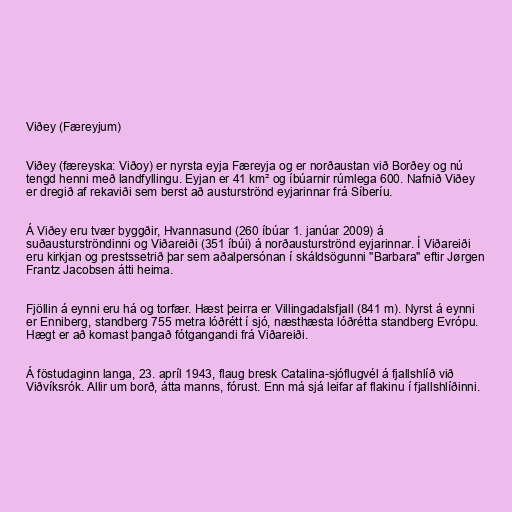
Viðey (Færeyjum)

Viðey (færeyska: Viðoy) er nyrsta eyja Færeyja og er norðaustan við Borðey og nú
tengd henni með landfyllingu. Eyjan er 41 km² og íbúarnir rúmlega 600. Nafnið Viðey
er dregið af rekaviði sem berst að austurströnd eyjarinnar frá Síberíu.

Á Viðey eru tvær byggðir, Hvannasund (260 íbúar 1. janúar 2009) á
suðausturströndinni og Viðareiði (351 íbúi) á norðausturströnd eyjarinnar. Í Viðareiði
eru kirkjan og prestssetrið þar sem aðalpersónan í skáldsögunni "Barbara" eftir Jørgen
Frantz Jacobsen átti heima.

Fjöllin á eynni eru há og torfær. Hæst þeirra er Villingadalsfjall (841 m). Nyrst á eynni
er Enniberg, standberg 755 metra lóðrétt í sjó, næsthæsta lóðrétta standberg Evrópu.
Hægt er að komast þangað fótgangandi frá Viðareiði.

Á föstudaginn langa, 23. apríl 1943, flaug bresk Catalina-sjóflugvél á fjallshlíð við
Viðvíksrók. Allir um borð, átta manns, fórust. Enn má sjá leifar af flakinu í fjallshlíðinni.